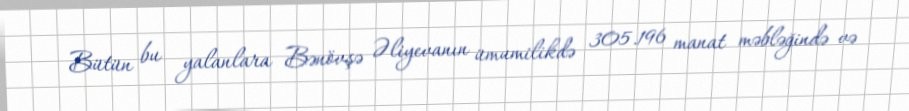
Bütün bu yalanlara Bənövşə Əliyevanın ümumilikdə 305.196 manat məbləğində və